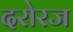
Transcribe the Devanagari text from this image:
दरोरज